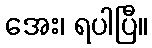
အေး၊ ရပါပြီ။